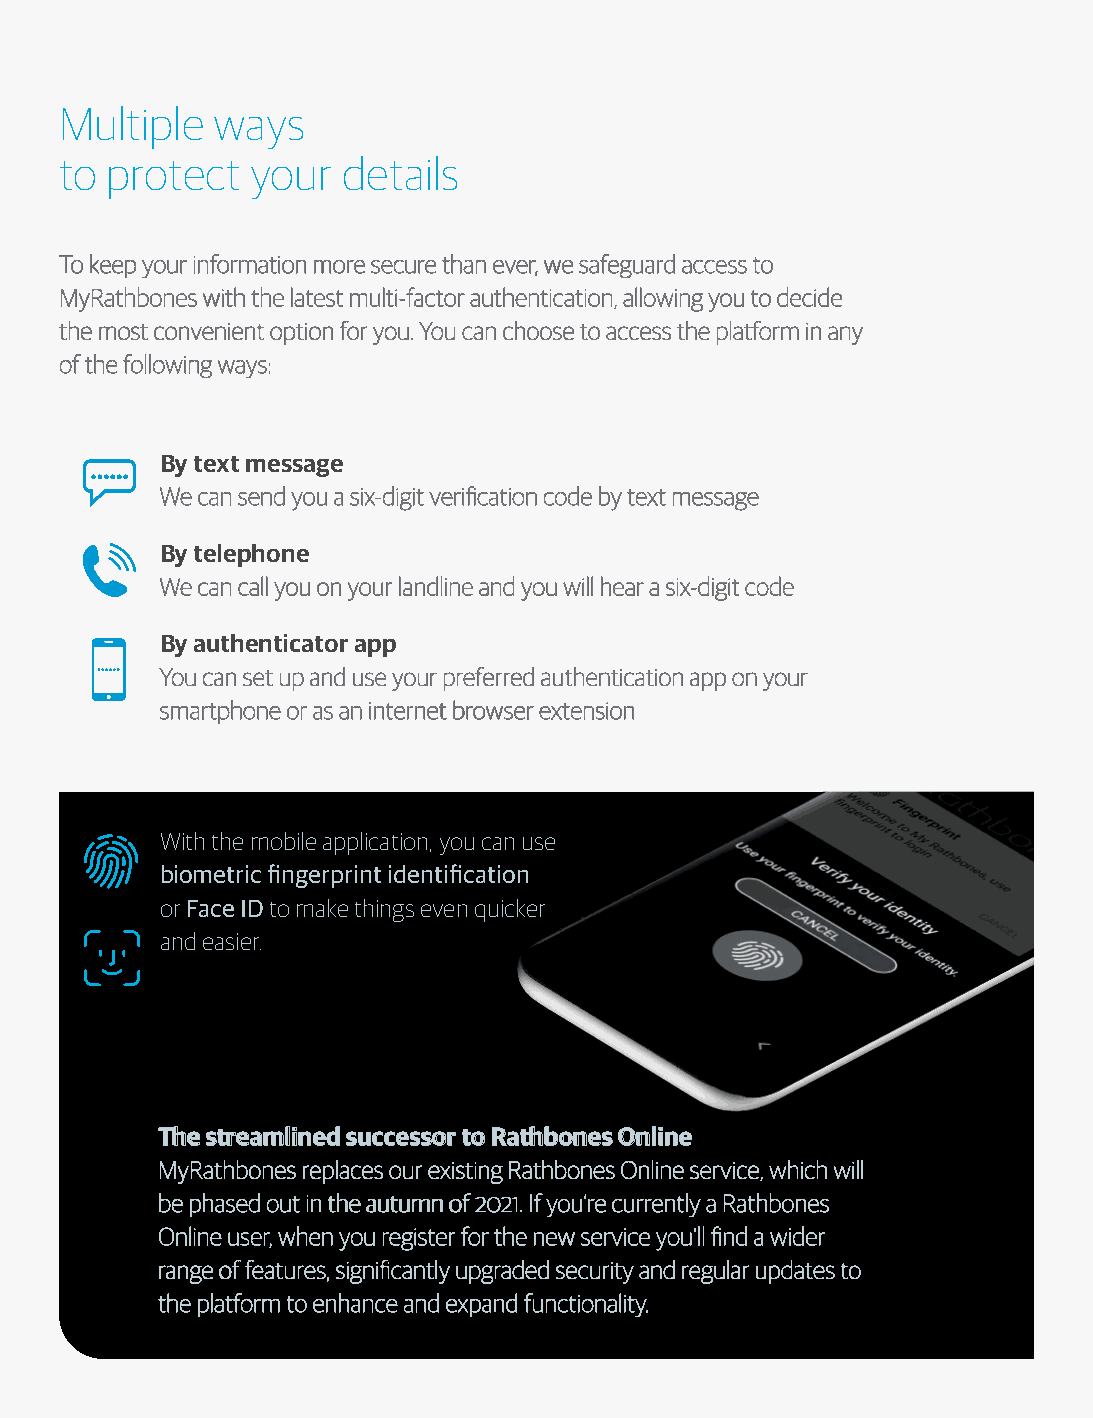
Multiple  ways
 to protect   your  details
 TToo kkeeeepp yyoouurr iinnffoorrmmaattiioonn mmoorree sseeccuurree tthhaann eevveerr,, wwee ssaaffeegguuaarrdd aacccceessss ttoo
 MMyyRRaatthhbboonneess wwiitthh tthhee llaatteesstt mmuullttii--ffaaccttoorr aauutthheennttiiccaattiioonn,, aalllloowwiinngg yyoouu ttoo ddeecciiddee
 tthhee mmoosstt ccoonnvveenniieenntt ooppttiioonn ffoorr yyoouu.. YYoouu ccaann cchhoooossee ttoo aacccceessss tthhee ppllaattffoorrmm iinn aannyy
 ooff tthhee ffoolllloowwiinngg wwaayyss::
 By text message
 WWee ccaann sseenndd yyoouu aa ssiixx--ddiiggiitt vveerriifificcaattiioonn ccooddee bbyy tteexxtt mmeessssaaggee
 By telephone
 WWee ccaann ccaallll yyoouu oonn yyoouurr llaannddlliinnee aanndd yyoouu wwiillll hheeaarr aa ssiixx--ddiiggiitt ccooddee
 By authenticator app
 YYoouu ccaann sseett uupp aanndd uussee yyoouurr pprreeffeerrrreedd aauutthheennttiiccaattiioonn aapppp oonn yyoouurr
 ssmmaarrttpphhoonnee oorr aass aann iinntteerrnneett bbrroowwsseerr eexxtteennssiioonn
 With the mobile application, you can use
 biometric fingerprint identification
 or Face ID to make things even quicker
 and easier.
 TThhee ssttrreeaammlliinneedd ssuucccceessssoorr ttoo RRaatthhbboonneess OOnnlliinnee
 MMyyRRaatthhbboonneess rreeppllaacceess oouurr eexxiissttiinngg RRaatthhbboonneess OOnnlliinnee sseerrvviiccee,, wwhhiicchh wwiillll
 bbee pphhaasseedd oouutt iinn tthhee aauuttuummnn ooff 22002211.. IIff yyoouu’’rree ccuurrrreennttllyy aa RRaatthhbboonneess
 OOnnlliinnee uusseerr,, wwhheenn yyoouu rreeggiisstteerr ffoorr tthhee nneeww sseerrvviiccee yyoouu’’llll fifinndd aa wwiiddeerr
 rraannggee ooff ffeeaattuurreess,, ssiiggnniifificcaannttllyy uuppggrraaddeedd sseeccuurriittyy aanndd rreegguullaarr uuppddaatteess ttoo
 tthhee ppllaattffoorrmm ttoo eennhhaannccee aanndd eexxppaanndd ffuunnccttiioonnaalliittyy..